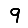
Digit: 9